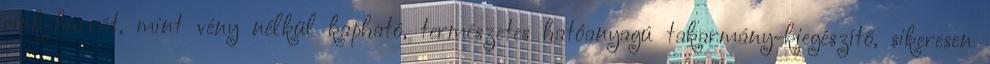
cink-hurrát, mint vény nélkül kapható, természetes hatóanyagú takarmány-kiegészítő, sikeresen